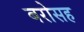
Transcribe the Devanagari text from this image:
बरोसह